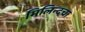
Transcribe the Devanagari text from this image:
मिलिन्दचा